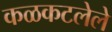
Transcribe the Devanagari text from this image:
कळकटलेले